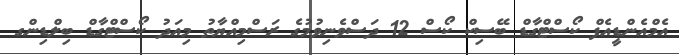
އެމްއެންޑީއެފް ކޯސްޓްގާޑް ބޭސިކް ކޯސް 12 ދަސްވެނިވުމުގެ ރަސްމިއްޔާތު މިއަދު ކޯސްޓްގާޑް ބިލްޑިންގ